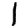
Digit: 1